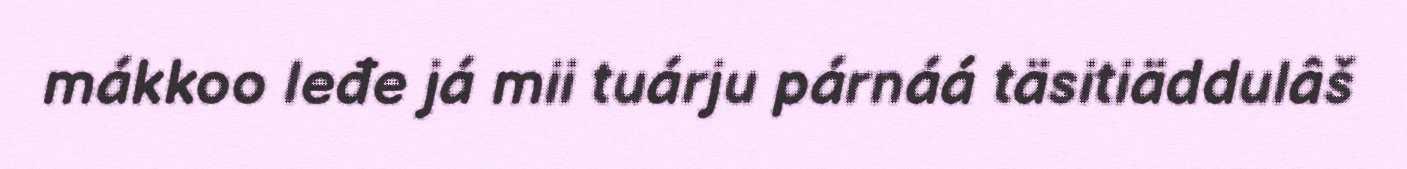
mákkoo leđe já mii tuárju párnáá täsitiäddulâš